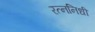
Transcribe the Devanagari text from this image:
रत्‍ननिधी